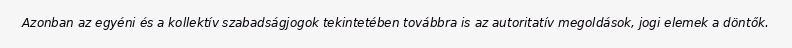
Azonban az egyéni és a kollektív szabadságjogok tekintetében továbbra is az autoritatív megoldások, jogi elemek a döntők.